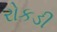
રોકડી